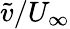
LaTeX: \tilde{v}/U_{\infty}